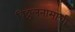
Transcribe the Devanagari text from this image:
विठ्ठलनामाची